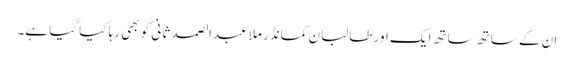
ان کے ساتھ ساتھ ایک اور طالبان کمانڈر ملا عبدالصمد ثانی کو بھی رہا کیا گیا ہے۔